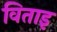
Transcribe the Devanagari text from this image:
विताइ